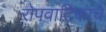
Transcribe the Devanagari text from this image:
रोपवाटिकांचे